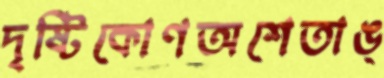
দৃষ্টিকোণঅশেতাঙ্